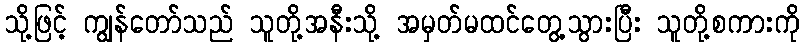
သို့ဖြင့် ကျွန်တော်သည် သူတို့အနီးသို့ အမှတ်မထင်တွေ့သွားပြီး သူတို့စကားကို